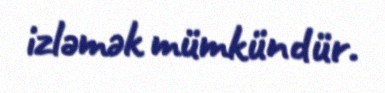
izləmək mümkündür.